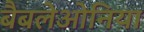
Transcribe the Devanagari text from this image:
बैबलेओनिया